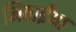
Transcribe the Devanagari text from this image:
मिठाईंया